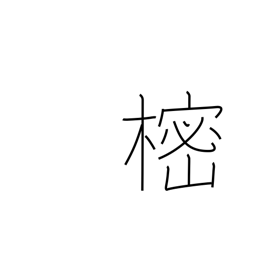
Meaning: tree whose branches are placed on Buddhist graves